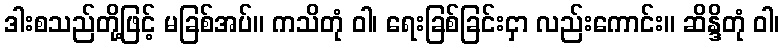
ဒါးစသည်တို့ဖြင့် မခြစ်အပ်။ ကသိတုံ ဝါ၊ ရေးခြစ်ခြင်းငှာ လည်းကောင်း။ ဆိန္ဒိတုံ ဝါ၊